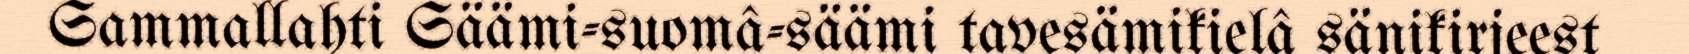
Sammallahti Säämi-suomâ-säämi tavesämikielâ sänikirjeest